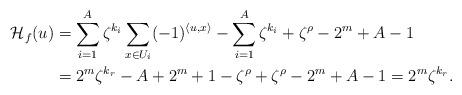
LaTeX: \begin{align*}\mathcal{H}_{f}(u) &= \sum_{i=1}^A\zeta^{k_i}\sum_{x\in U_i}(-1)^{\langle u,x\rangle} - \sum_{i=1}^A\zeta^{k_i} + \zeta^\rho - 2^m+A-1 \\&= 2^m\zeta^{k_r} - A + 2^m+1-\zeta^\rho + \zeta^\rho - 2^m+A-1 = 2^m\zeta^{k_r}.\end{align*}